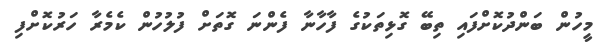
މީހުން ބަންދުކޮށްފައި ތިބޭ ގޮޅިތަކުގެ ފާހާނާ ފެންނަ ގޮތަށް ފުލުހުން ކެމެރާ ހަރުކޮށްފި